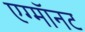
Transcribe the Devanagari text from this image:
एग्माॅनट